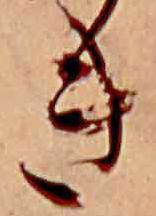
き